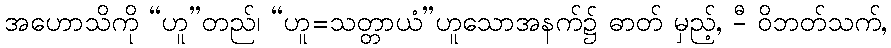
အဟောသိကို “ဟူ”တည်၊ “ဟူ=သတ္တာယံ”ဟူသောအနက်၌ ဓာတ် မှည့်, -ီ ဝိဘတ်သက်,